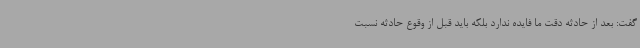
گفت: بعد از حادثه دقت ما فایده ندارد بلکه باید قبل از وقوع حادثه نسبت